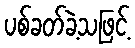
ပစ်ခတ်ခဲ့သဖြင့်